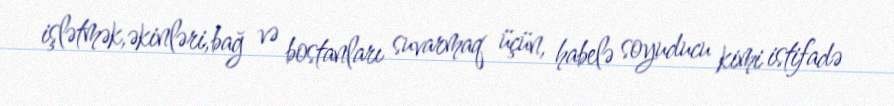
işlətmək,əkinləri,bağ və bostanları suvarmaq üçün, habelə soyuducu kimi istifadə